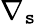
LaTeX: \nabla_{\mathtt{s}}